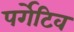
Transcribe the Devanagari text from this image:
पर्गेटिव